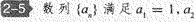
2-5 数列$$\left \{ a_{n} \right \}$$ 满足$$a_{1}=1$$，a_{2}